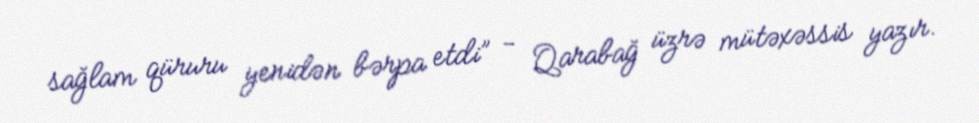
sağlam qüruru yenidən bərpa etdi” - Qarabağ üzrə mütəxəssis yazır.